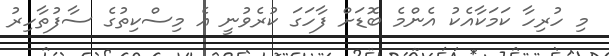
މި ހުރިހާ ކަމަކާއެކު އެންމެ ބޮޑަށް ފާހަގަ ކުރެވުނީ އެ މިސްކިތުގެ ސާފުތާހިރު